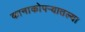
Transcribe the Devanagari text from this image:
कानाकोपर्‍यातल्या